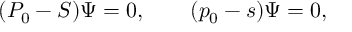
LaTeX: ( P _ { 0 } - S ) \Psi = 0 , \qquad ( p _ { 0 } - s ) \Psi = 0 ,